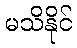
မသိနိုင်